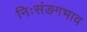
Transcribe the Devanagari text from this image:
निःसंङगभाव